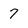
Character: 7